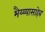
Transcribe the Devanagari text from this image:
भैय्य्यासाहेब